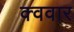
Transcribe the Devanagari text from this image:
क्ववार